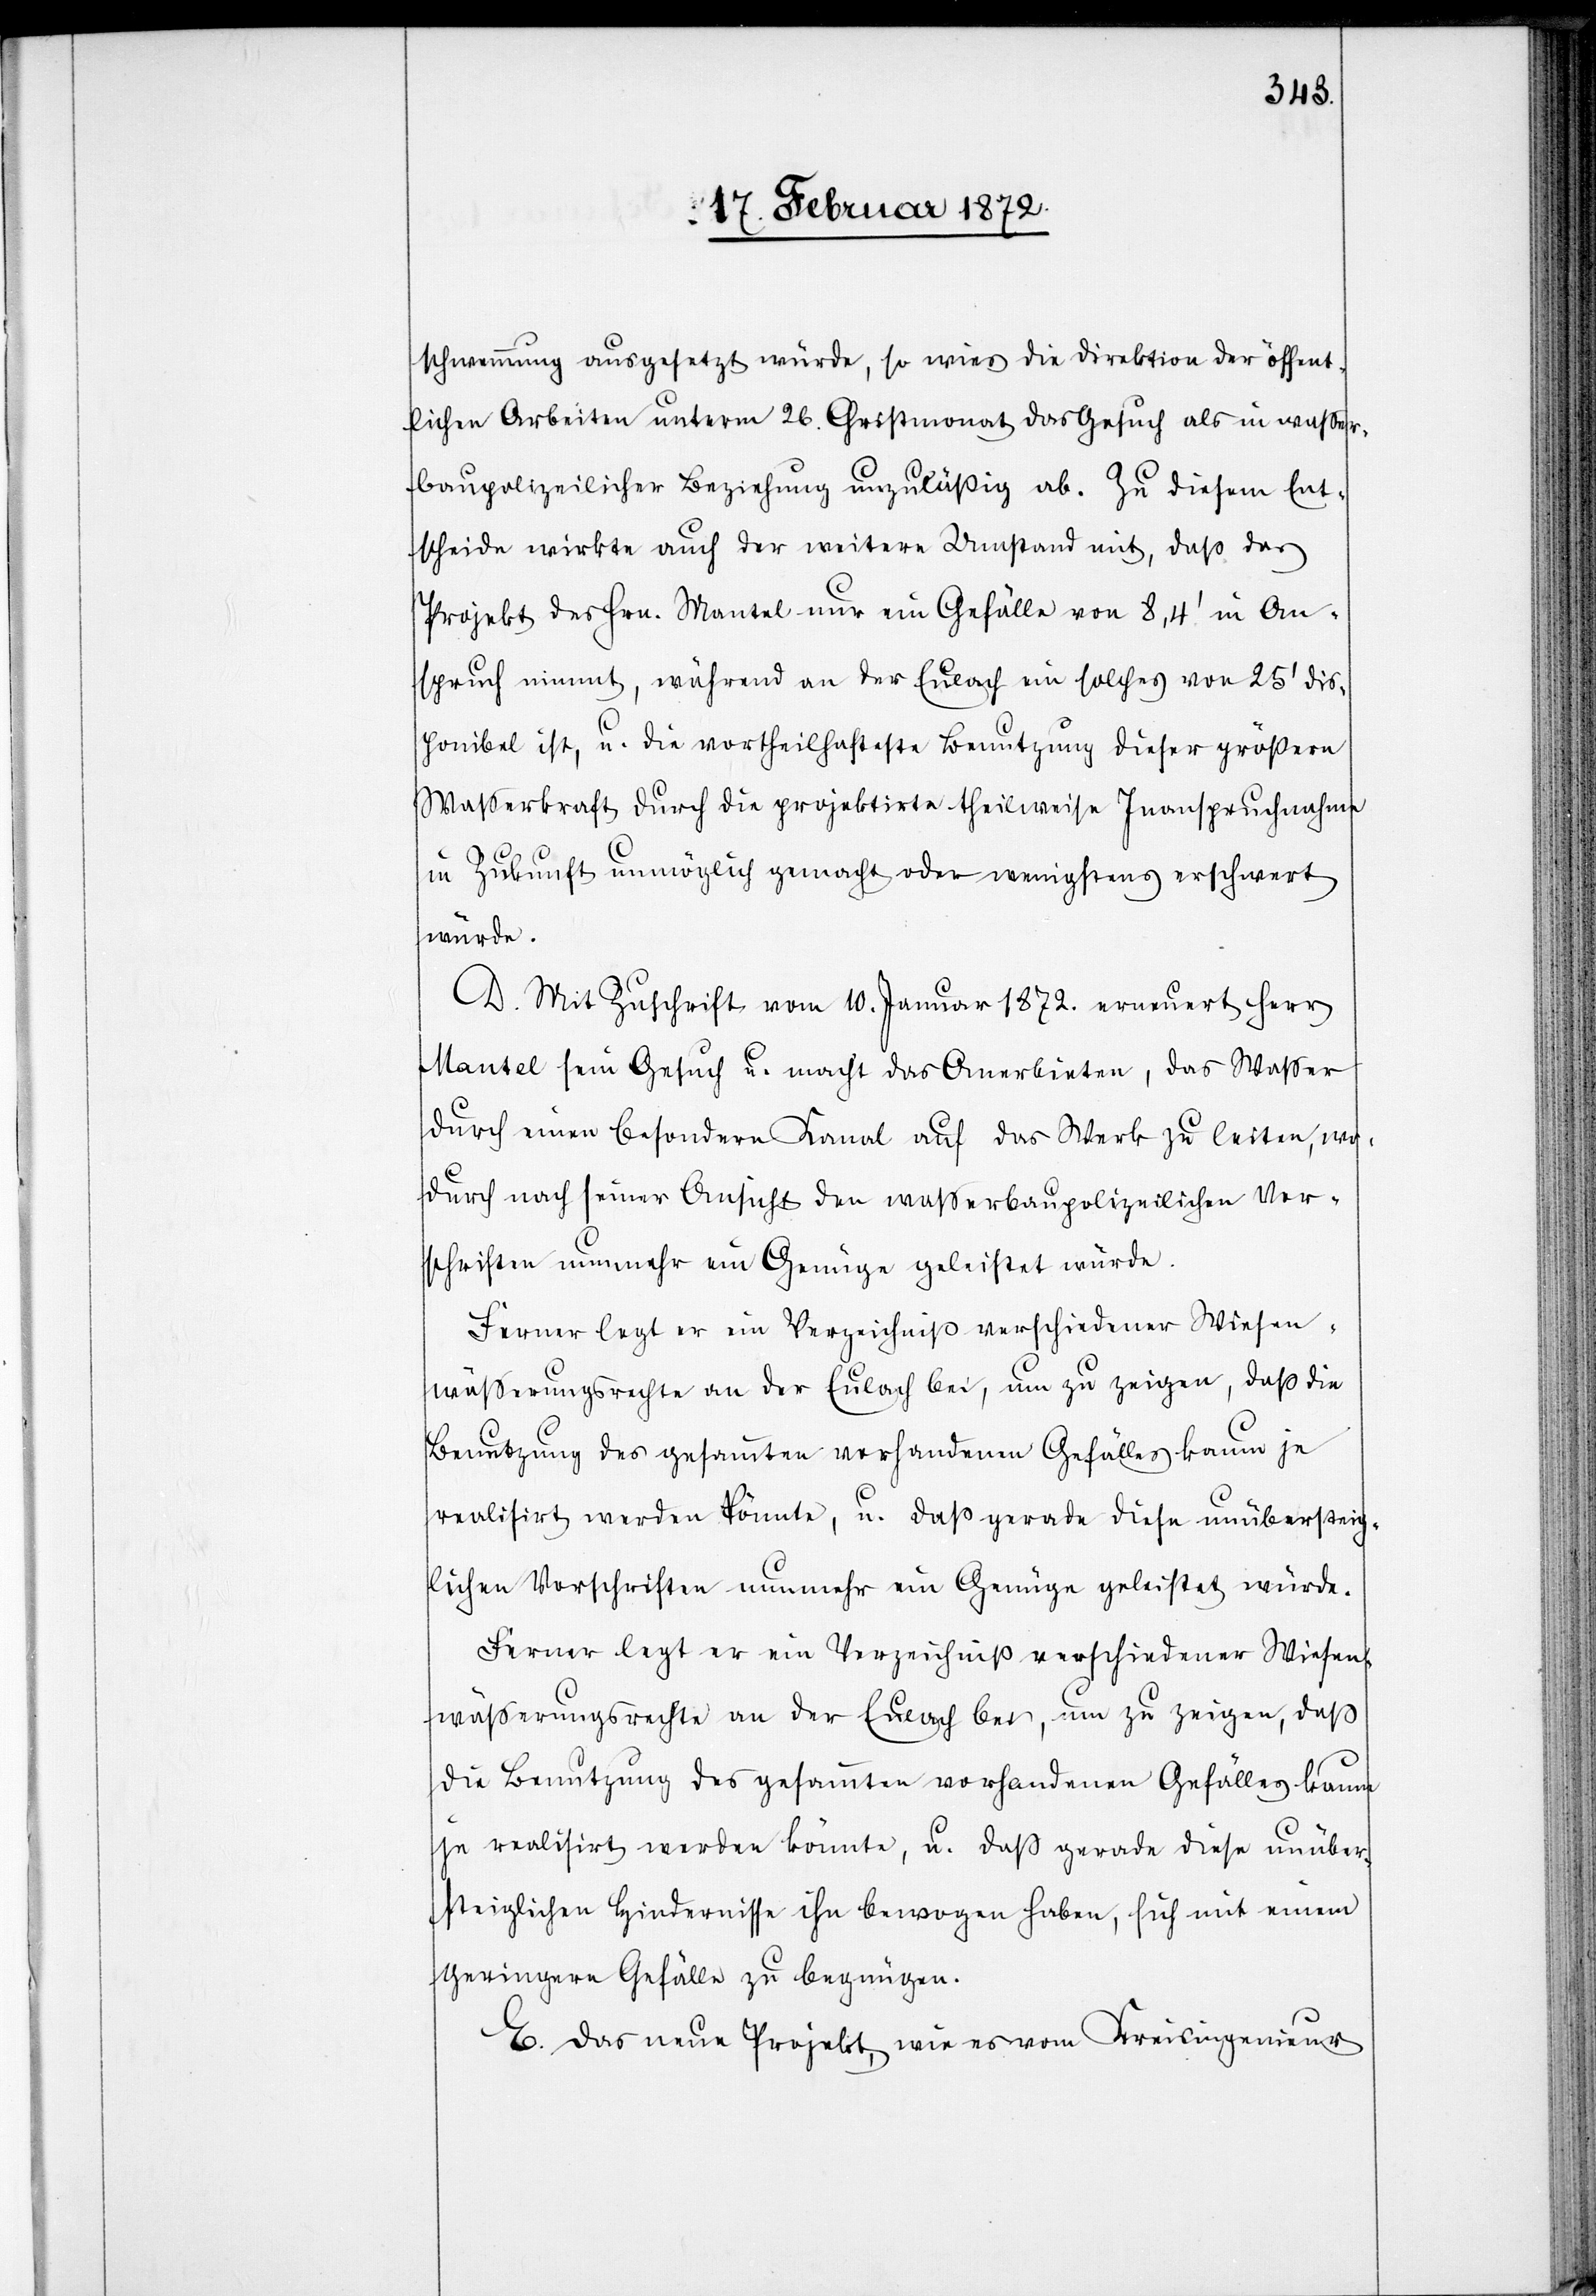
schwemmung ausgesetzt würde, so wies die Direktion der öffent¬
lichen Arbeiten unterm 26. Christmonat das Gesuch als in wasser¬
baupolizeilicher Beziehung unzuläßig ab. Zu diesem Ent¬
scheide wirkte auch der weitere Umstand mit, daß das
Projekt des Hrn. Mantel nur ein Gefälle von 8,4’ in An¬
spruch nimmt, während an der Eulach ein solches von 25’ dis¬
ponibel ist, u. die vortheilhafteste Benutzung dieser größern
Wasserkraft durch die projektirte theilweise Inanspruchnahme
in Zukunft unmöglich gemacht oder wenigstens erschwert
würde.
D. Mit Zuschrift vom 10. Januar 1871. erneuert Herr
Mantel sein Gesuch u. macht das Anerbieten, das Wasser
durch einen besondern Kanal auf das Werk zu leiten, wo¬
durch nach seiner Ansicht den wasserbaupolizeilichen Vor¬
schriften nunmehr ein Genüge geleistet würde.
Ferner legt er ein Verzeichniß verschiedener Wiesen¬
wässerungsrechte an der Eulach bei, um zu zeigen, daß
die Benutzung des gesammten vorhandenen Gefälles kaum
je realisirt werden könnte, u. daß gerade diese unüber¬
steiglichen Hindernisse ihn bewogen haben, sich mit einem
geringern Gefälle zu begnügen.
E. Das neue Projekt, wie es vom Kreisingenieur